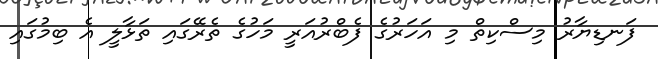
ފަނޑިޔާރު މިސްކިތް މި އަހަރުގެ ފެބްރުއަރީ މަހުގެ ތެރޭގައި ތަޅާލީ އެ ބިމުގައި